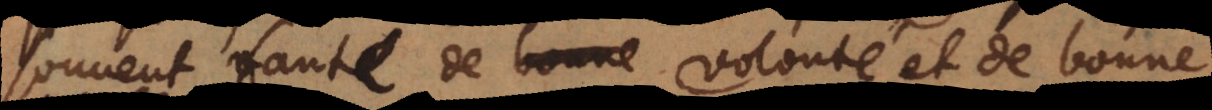
souvent faute de bonne volonté et de bonne